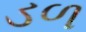
ડળ